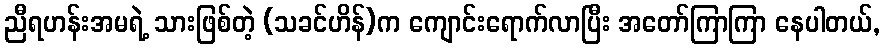
ညီရဟန်းအမရဲ့ သားဖြစ်တဲ့ (သခင်ဟိန်)က ကျောင်းရောက်လာပြီး အတော်ကြာကြာ နေပါတယ်,